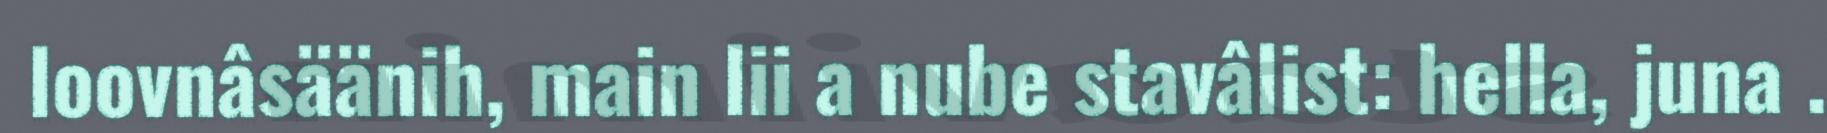
loovnâsäänih, main lii a nube stavâlist: hella, juna .